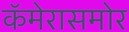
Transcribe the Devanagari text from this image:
कॅमेरासमोर